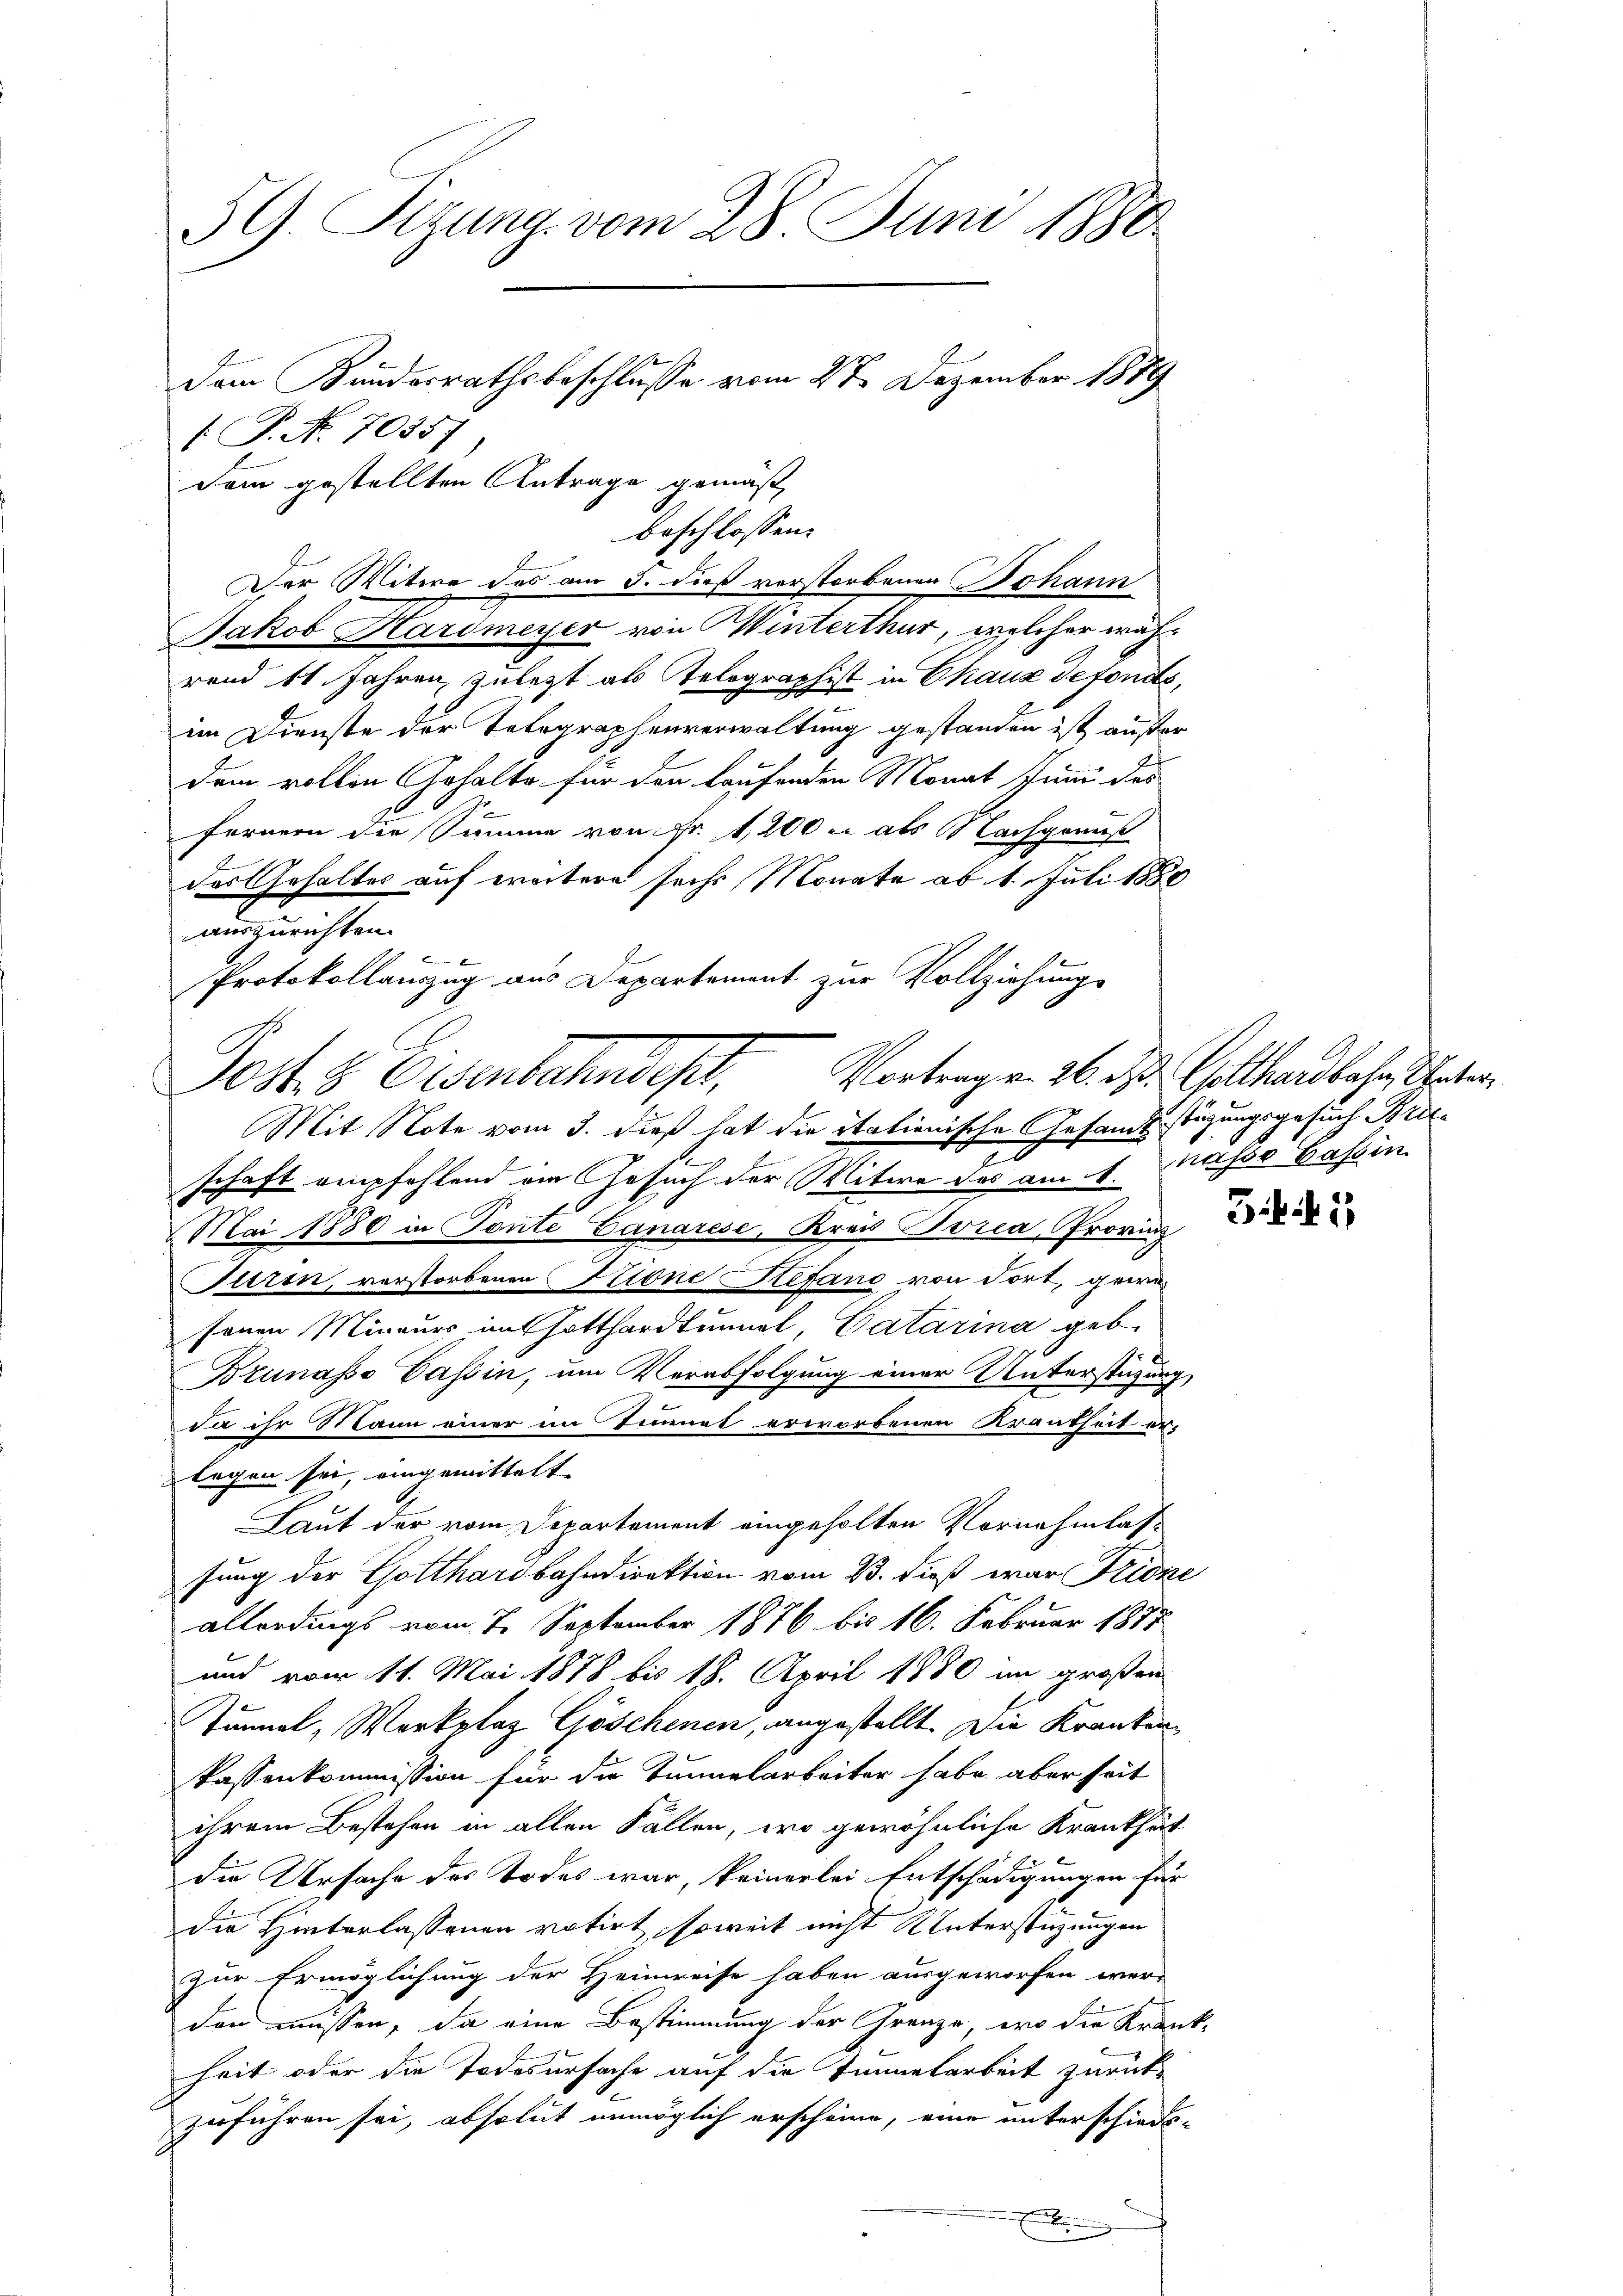
59. Sizung vom 28. Juni 1880.
dem Kundesrathsbeschlusse vom 27. Dezember 1889
[ P. No. 7035)

Sam gestellten Antrage gemäß
beschlossen:
Der Witwe des am 3. dieß verstorbenen Johann
Jakob Hardmeyer von Winterthur, welcher während 11. Jahren zuletzt als Telegraphist in Chaus defonds,
im Dienste der Telegraphenverwaltung gestanden ist außer
dem vollen Gehalte für den laufenden Monat Juni des
fernern die Summe von Nr. 1,200 c. als Nachgenuß
das Gehaltes auf weitere sechs Monate ab 1. Juli 1880
auszurichten.
Protokollanzug aus Departement zur Vollziehung
p
Mit Note vom 3. dieß hat die italienische Gesamtstüzungsgesuch Britschaft empfehlend im Gesuch der Witwe das am 1. Näher Bassin
Mai 1880 in Tonte Lanarese, Krau Svria, Provinz
Turin, verstorbenen Ztione Stefand von dort, gewesenen Mineurs im Hotthardtunnel, Gatarina geb.
Bzunasso Passin, um Verabfolgung einer Unterstützung
da ihr Mann einer im Tunnel erworbenen Krautheit er¬
Ergen sei, eingemittelt.
Laut der vom Departement eingeholten Vornehmlassung der Gotthardbahndirektion vom 13. dieß war Fridne
allerdings vom 7. September 1876 bis 16. Februar 1877
und vom 11. Mai 1878 bis 18. April 1880 im großen
Tunnel, Merkplaz Göschenen, angestellt. Die Kranken
kassenkommission für die Tunnelarbeiter habe aber seit
ihrem Bestehen in allen Fällen, wo gewöhnliche Krankhät
die Ursache des Todes war, keinerlei Entschädigungen für
die Hinterlassenen votirt, soweit nicht Unterstüzungen
zur Ermöglichung der Heimreise haben ausgeworfen wer-
den müssen, da eine Bestimmung der Grenze, wo die Krank-
heit oder die Todesursache auf die Sinnelarbeit zurückzuführen sei, absolut unmöglich erscheine, eine unterschieds-
.

Post 3 Eisenbahndest. Vortragen 26. d. Gotthardbahn Orten

3